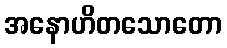
အနောဟိတသောတော